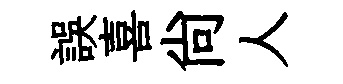
誤喜尚人